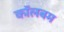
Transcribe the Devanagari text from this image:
कॉलबम